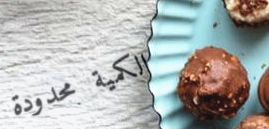
الكمية محدودة